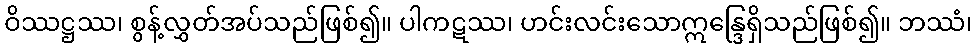
ဝိဿဋ္ဌဿ၊ စွန့်လွှတ်အပ်သည်ဖြစ်၍။ ပါကဋဿ၊ ဟင်းလင်းသောဣန္ဒြေရှိသည်ဖြစ်၍။ ဘဿံ၊